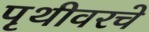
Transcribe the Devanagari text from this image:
पृथीवरचे